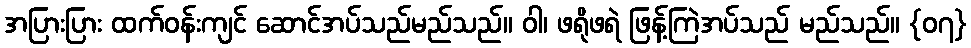
အပြားပြား ထက်ဝန်းကျင် ဆောင်အပ်သည်မည်သည်။ ဝါ၊ ဖရိုဖရဲ ဖြန့်ကြဲအပ်သည် မည်သည်။ {၀၇}